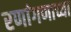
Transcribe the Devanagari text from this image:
रणांगणाच्या